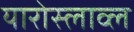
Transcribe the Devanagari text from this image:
यारोस्लाव्ल